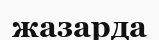
жазарда